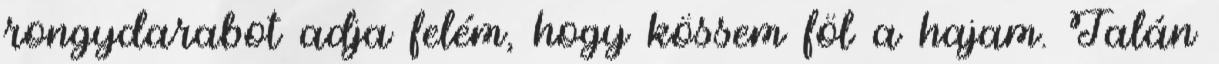
rongydarabot adja felém, hogy kössem föl a hajam. Talán